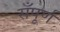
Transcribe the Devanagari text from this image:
सँपूर्ण